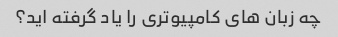
چه زبان های کامپیوتری را یاد گرفته اید؟